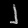
Digit: ၂